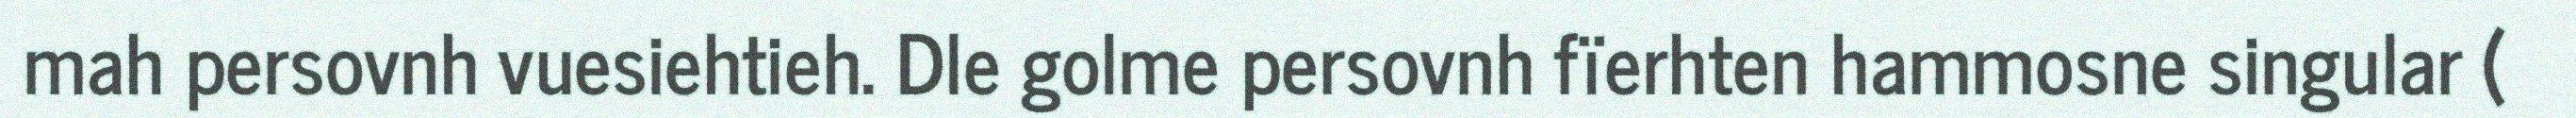
mah persovnh vuesiehtieh. Dle golme persovnh fïerhten hammosne singular (